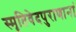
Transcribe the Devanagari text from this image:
स्मृतिवेदपुराणानां